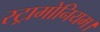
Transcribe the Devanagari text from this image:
स्ट्रामोनियम।